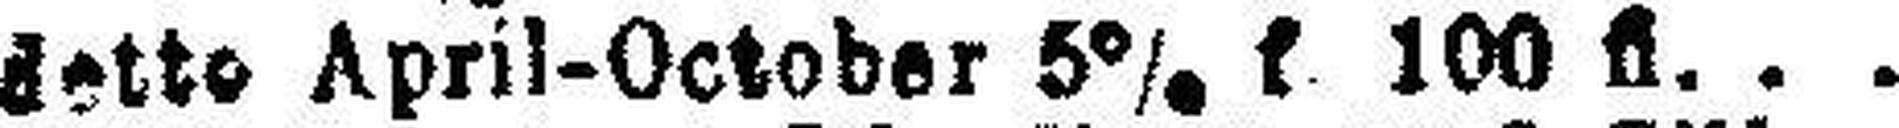
detto April-October 5% f 100 fl.